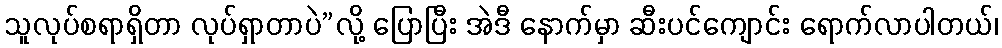
သူလုပ်စရာရှိတာ လုပ်ရှာတာပဲ”လို့ ပြောပြီး အဲဒီ နောက်မှာ ဆီးပင်ကျောင်း ရောက်လာပါတယ်၊